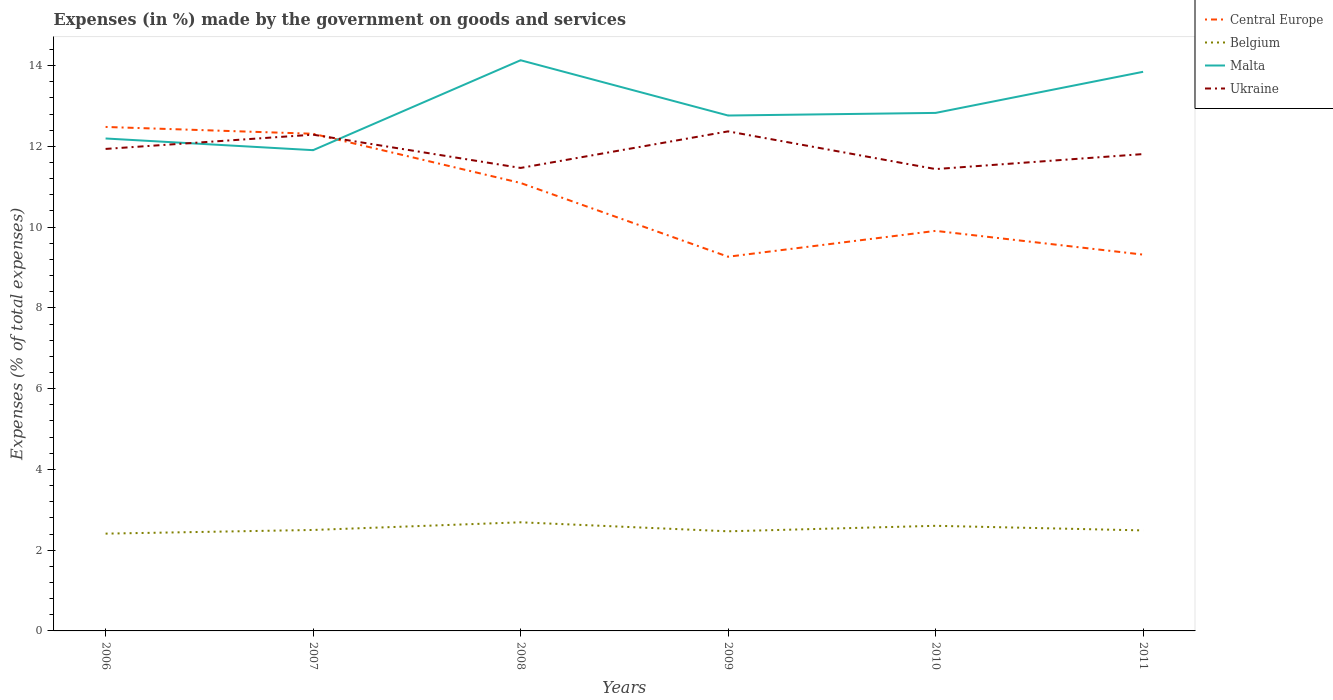
| Years | Central Europe | Belgium | Malta | Ukraine |
 | --- | --- | --- | --- | --- |
 | 2006 | 12.5 | 2.41 | 12.2 | 11.9 |
 | 2007 | 12.3 | 2.5 | 11.9 | 12.3 |
 | 2008 | 11.1 | 2.69 | 14.1 | 11.5 |
 | 2009 | 9.27 | 2.47 | 12.8 | 12.4 |
 | 2010 | 9.91 | 2.6 | 12.8 | 11.4 |
 | 2011 | 9.32 | 2.49 | 13.8 | 11.8 |